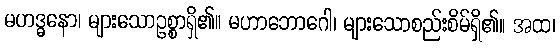
မဟဒ္ဓနော၊ များသောဥစ္စာရှိ၏။ မဟာဘောဂေါ၊ များသောစည်းစိမ်ရှိ၏။ အထ၊